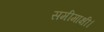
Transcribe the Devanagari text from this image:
समीमाक्षी।